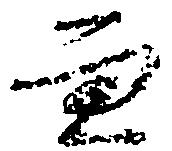
而